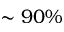
\sim 9 0 \%